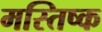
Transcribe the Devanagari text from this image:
मस्‍तिष्क